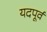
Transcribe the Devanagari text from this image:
यदपूर्वं